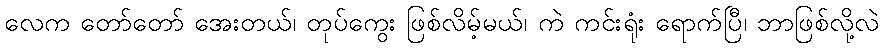
လေက တော်တော် အေးတယ်၊ တုပ်ကွေး ဖြစ်လိမ့်မယ်၊ ကဲ ကင်းရုံး ရောက်ပြီ၊ ဘာဖြစ်လို့လဲ